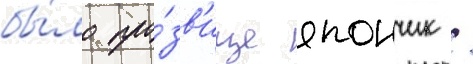
бы́ло про́зв'ище япончик /